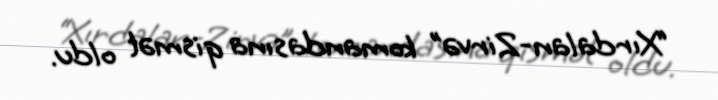
“Xırdalan-Zirvə” komandasına qismət oldu.